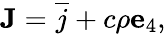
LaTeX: \mathbf{J}={\overline{{j}}}+c\rho\mathbf{e}_{4},